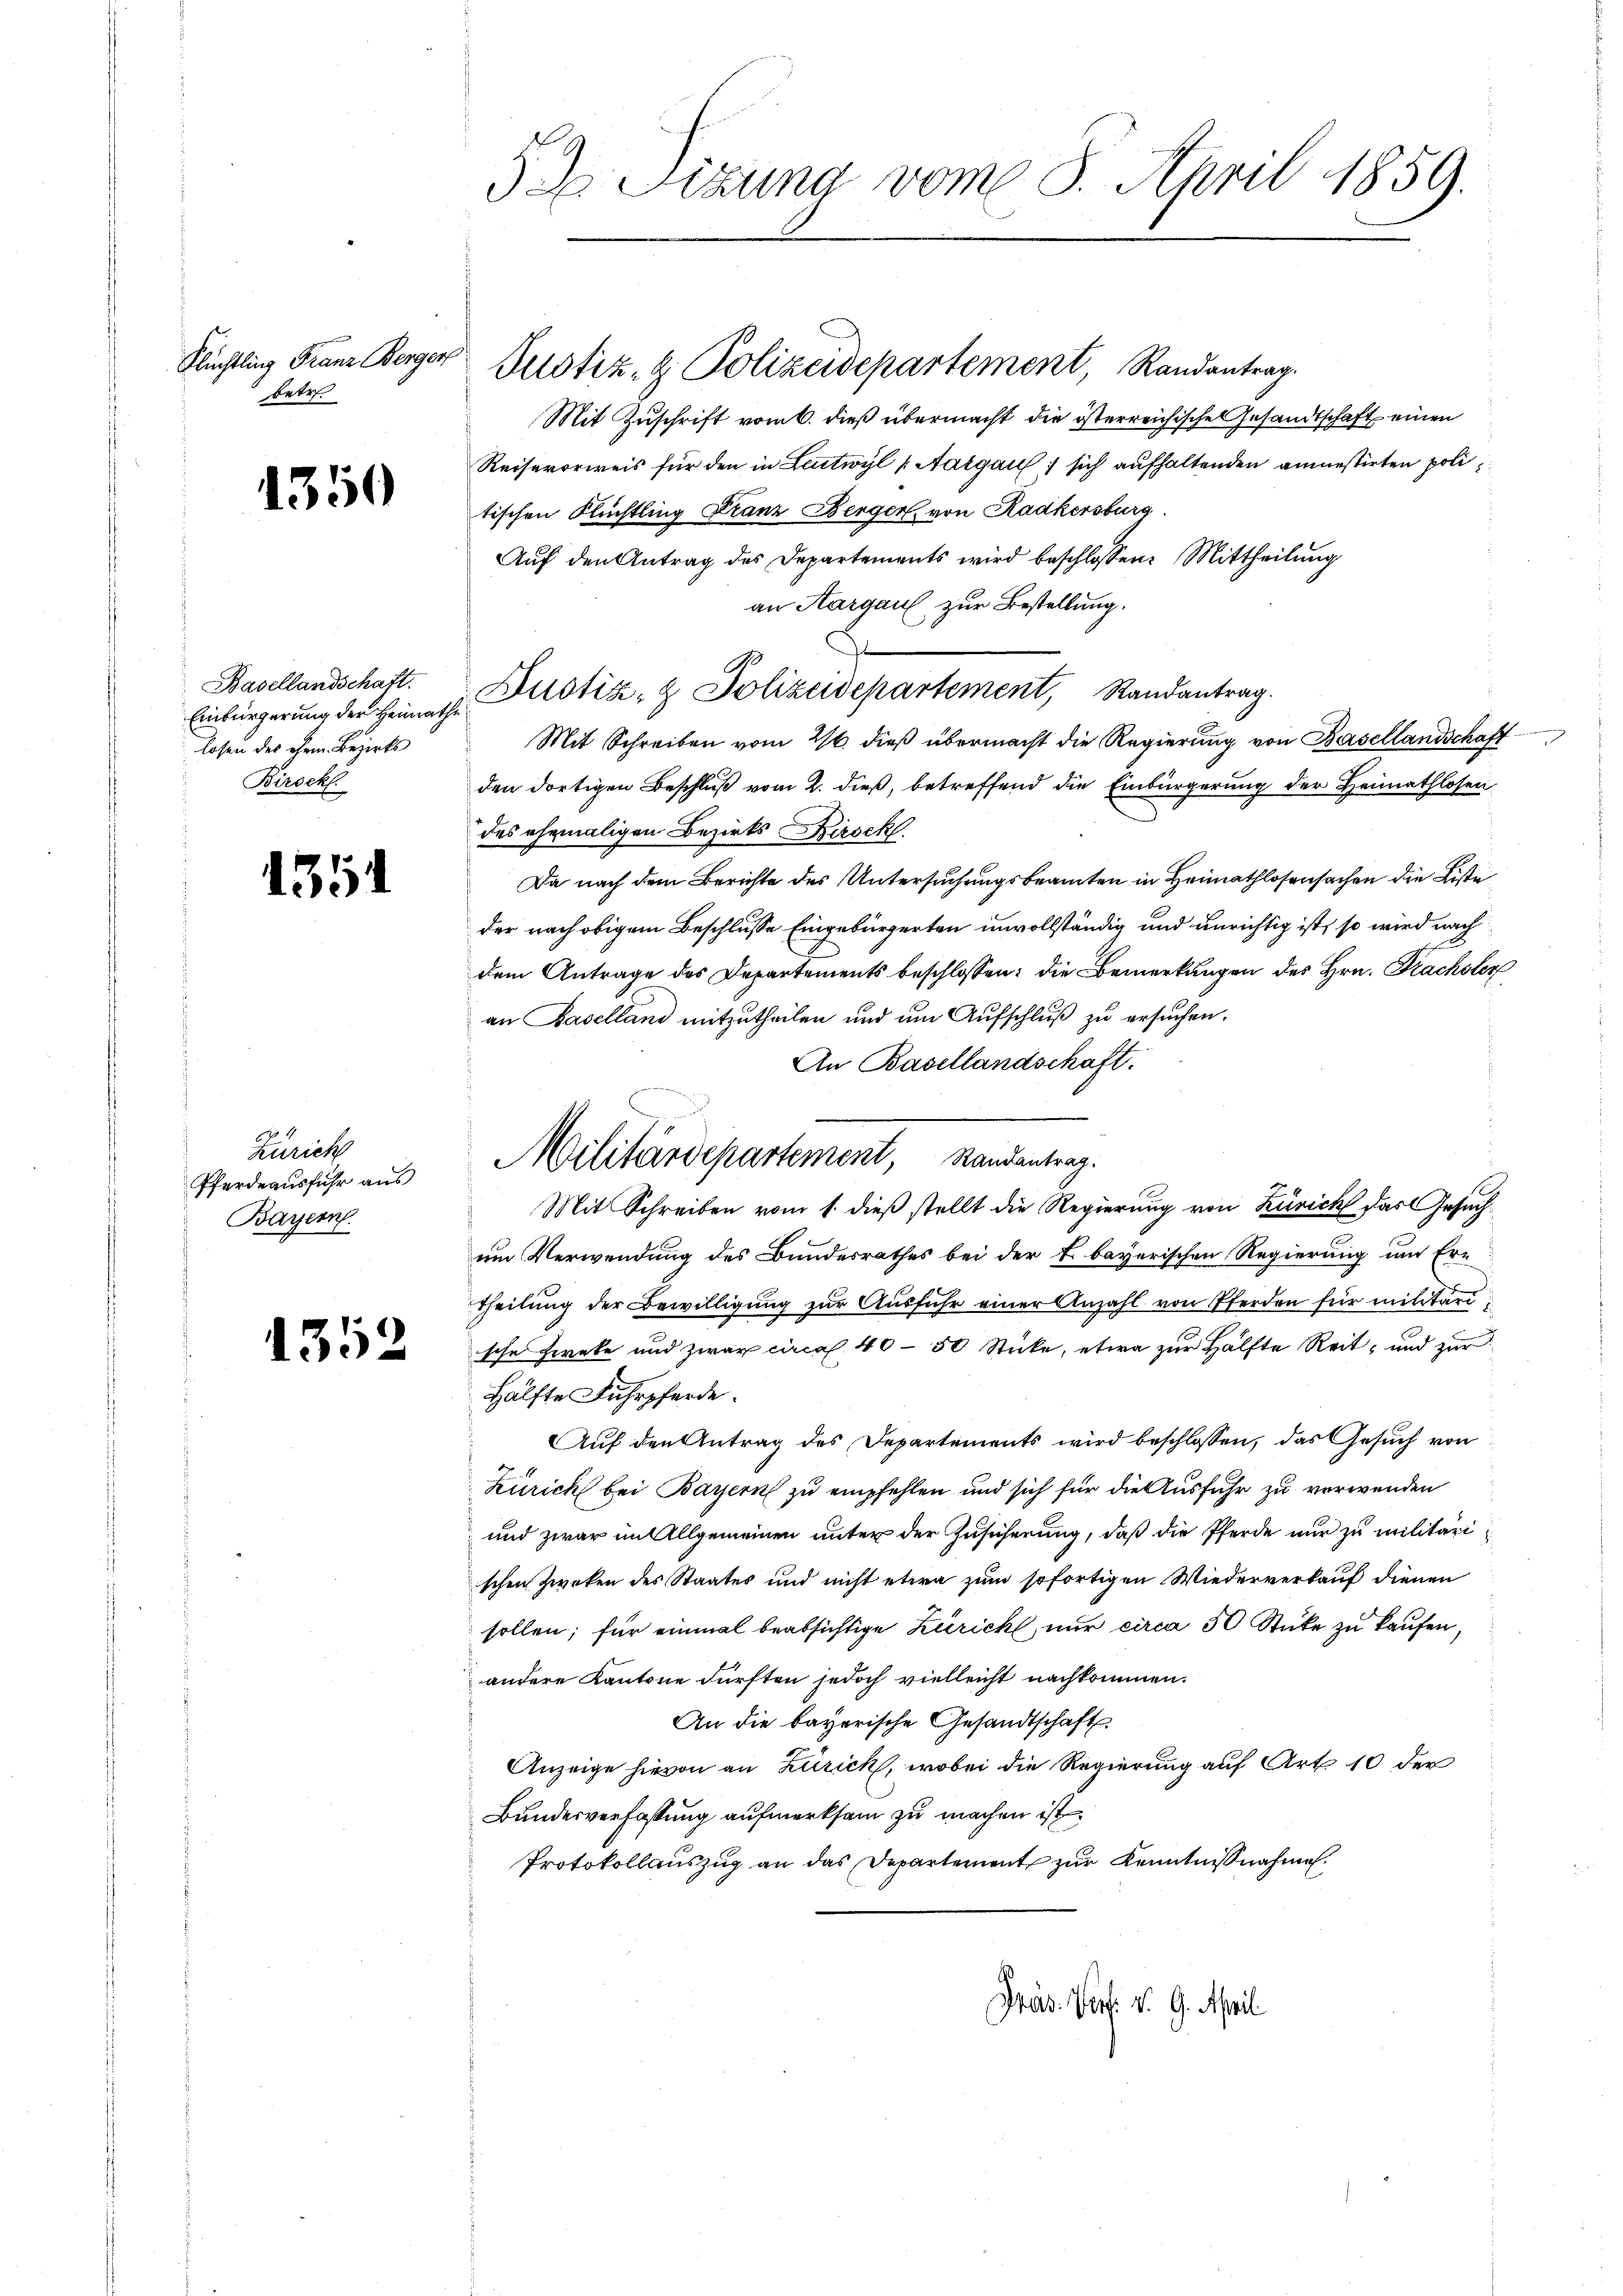
Flüchtling Franz Berger
betr.

15

50

Basellandschaft.
Einbürgerung der Heimathe
losen des chem Bezirks
Birsek.

135

Zürich
Pferdeausfuhr aus
Bayern.

1352

3d Sitzung vom 8. April 1859.

Justiz- & Polizeidepartement Randantrag.
Mit Zuschrift vom 6. dieß übermacht die österreichische Gesandtschaft einen
Reiserorweis für den in Leutwyl (Aargau, sich aufhaltenden anmessirten politischen Flüchtling Franz Berger, von Radkersburg
Auf den Antrag des Departements wird beschlossen: Mittheilung
an Aargau zur Bestellung.
Dustiz- & Polizeidepartement, Randantrag.
Mit Schreiben vom 26. dieß übermacht die Regierung von Basellandschaft
den dortigen Beschluß vom 2. dieß, betreffend die Einbürgerung der Heimathlosen
des ehemaligen Bezirks Kirsch
Da nach dem Berichte des Untersuchungsbeamten in Heimathlosensachen die Liste
der nach obigem Beschlusse Eingebürgerten unvollständig und unrichtig ist, so wird nach
dem Antrage des Departements beschlossen: die Bemerkungen des Hrn. Frachsler
an Baselland mitzutheilen und um Aufschluß zu ersuchen.
An Basellandschaft.
Militärdepartement, Randantrag.
Mit Schreiben vom 1. dieß stellt die Regierung von Zürich das Gesuchum Verwendung des Bundesrathes bei der E. bayerischen Regierung um Ertheilung der Bewilligung zur Ausführ einer Anzahl von Pferden für militarische Zirke und zwar circa 40 - 50 Stücke, etwa zur Hälfte Reit, und zur
Hälfte Fuhrpferde.
Auf den Antrag des Departements wird beschlossen, das Gesuch von
Zürich bei Bayern zu empfehlen und sich für die Ausfuhr zu verwenden
und zwar im Allgemeinen unter der Zusicherung, daß die Pferde nur zu militarischen Zweken des Staates und nicht etwa zum sofortigen Wiederverkauf dienen
sollen; für einmal beabsichtige Zürich nur circa 50 Stücke zu kaufen,
andere Kantone dürften jedoch vielleicht nachkommen.
An die bayerische Gesandtschaft
Anzeige hievon an Zürich, wobei die Regierung auf Art. 10 der
Bundesverfassung aufmerksam zu machen ist.
Protokollauszug an das Departement zur Kenntnißnahme.

Präs. Porf. v. 9. April